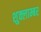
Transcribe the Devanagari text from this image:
शुक्लाम्बर